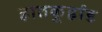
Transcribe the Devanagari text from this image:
हातकु्र्हाड